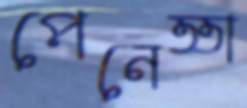
পেনেত্তা